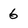
Character: 6